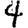
Digit: 4